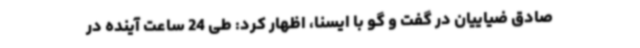
صادق ضیاییان در گفت و گو با ایسنا، اظهار کرد: طی 24 ساعت آینده در